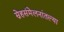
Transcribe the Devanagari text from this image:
स्नेहसंमेलनांतल्या